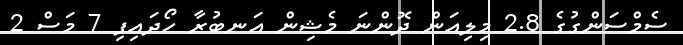
ސެމްސަންގުގެ 2.8 މިލިއަން ދޮންނަ މެޝިން އަނބުރާ ހޯދައިފި 7 މަސް 2